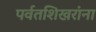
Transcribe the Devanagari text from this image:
पर्वतशिखरांना